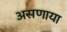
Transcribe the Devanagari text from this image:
असणाया